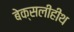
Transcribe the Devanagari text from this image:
बेक्सलीहीथ